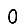
Digit: 0